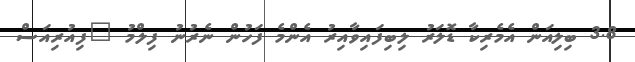
3.8 ބިލިއަން އެމެރިކާ ޑޮލަރު ލިބިފައިވާއިރު އެންމެ ފަހުން ނެރުނު ފިލްމު "ފިއުރިއަސް